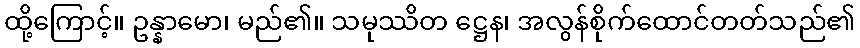
ထို့ကြောင့်။ ဥန္နာမော၊ မည်၏။ သမုဿိတ ဋ္ဌေန၊ အလွန်စိုက်ထောင်တတ်သည်၏